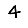
Digit: 4